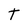
Character: t